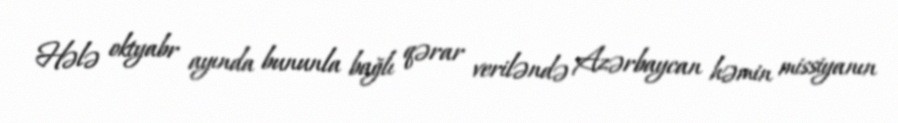
Hələ oktyabr ayında bununla bağlı qərar veriləndə Azərbaycan həmin missiyanın